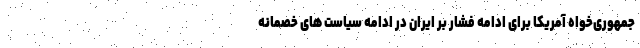
جمهوری‌خواه آمریکا برای ادامه فشار بر ایران در ادامه سیاست های خصمانه